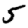
Digit: 5